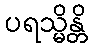
ပရသ္မိန္တိ